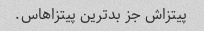
پیتزاش جز بدترین پیتزاهاس.